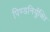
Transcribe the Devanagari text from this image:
पिण्डनिर्युक्ति